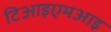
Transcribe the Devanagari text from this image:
टिआइएमआइ